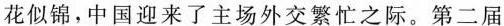
花似锦，中国迎来了主场外交繁忙之际。第二届